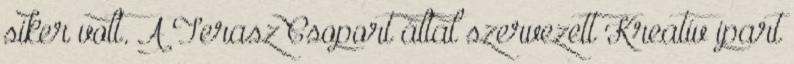
siker volt. A Terasz Csoport által szervezett Kreatív ipart